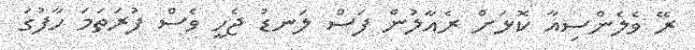
ރޭ ވެލެންސިއާ ކޮޅަށް ރެއާލުން ފަސް ލަނޑު ޖެހީ ވެސް ފުރަތަމަ ހާފުގަ